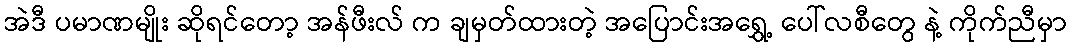
အဲဒီ ပမာဏမျိုး ဆိုရင်တော့ အန်ဖီးလ် က ချမှတ်ထားတဲ့ အပြောင်းအရွှေ့ ပေါ်လစီတွေ နဲ့ ကိုက်ညီမှာ